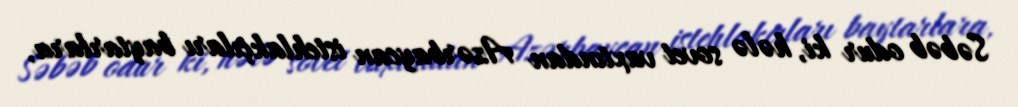
Səbəb odur ki, hələ sovet vaxtından Azərbaycan istehlakçıları baytarlara,